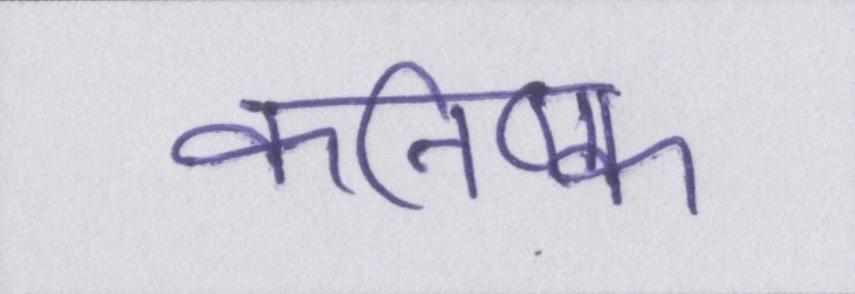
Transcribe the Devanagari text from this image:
कनिष्क